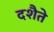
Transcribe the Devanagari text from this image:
दशैते